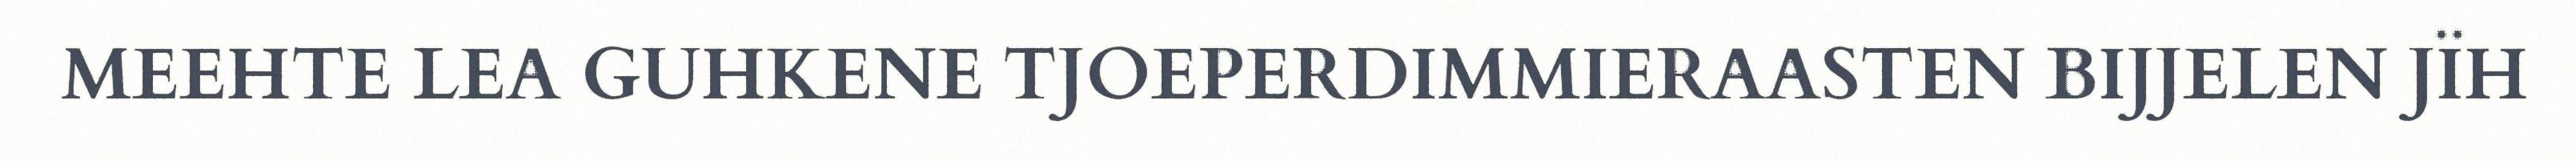
MEEHTE LEA GUHKENE TJOEPERDIMMIERAASTEN BIJJELEN JÏH